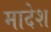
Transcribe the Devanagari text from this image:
मादेश